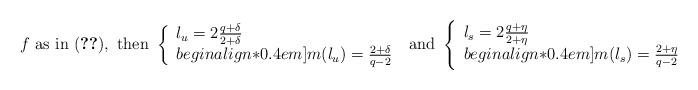
LaTeX: \begin{align*} f \textrm{ as in } \eqref{eq:potential-0}, \textrm{ then } \left\{ \begin{array}{l} l_u= 2\frac{q+\delta}{2+\delta}\\begin{align*}0.4 em] m(l_u)= \frac{2+\delta}{q-2} \end{array} \right. \textrm{ and } \left\{ \begin{array}{l} l_s= 2\frac{q+\eta}{2+\eta} \\begin{align*}0.4 em] m(l_s)= \frac{2+\eta}{q-2} \end{array} \right.\end{align*}